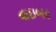
વાઇબર